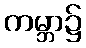
ကမ္ဘာ၌